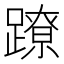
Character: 蹽